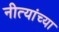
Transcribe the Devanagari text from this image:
नीत्यांच्या